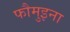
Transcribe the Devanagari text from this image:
फौमुइना